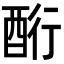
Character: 𮠧